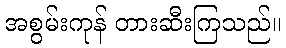
အစွမ်းကုန် တားဆီးကြသည်။